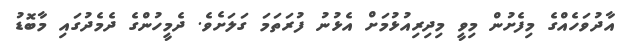
އާދުވަހެއްގެ މިފެށުން މިވީ މިދިރިއުޅުމަށް އެޅުނު ފުރަތަމަ ގަލަށެވެ. ދެމީހުންގެ ދެމެދުގައި މާބޮޑު